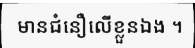
មានជំនឿលើខ្លួនឯង ។